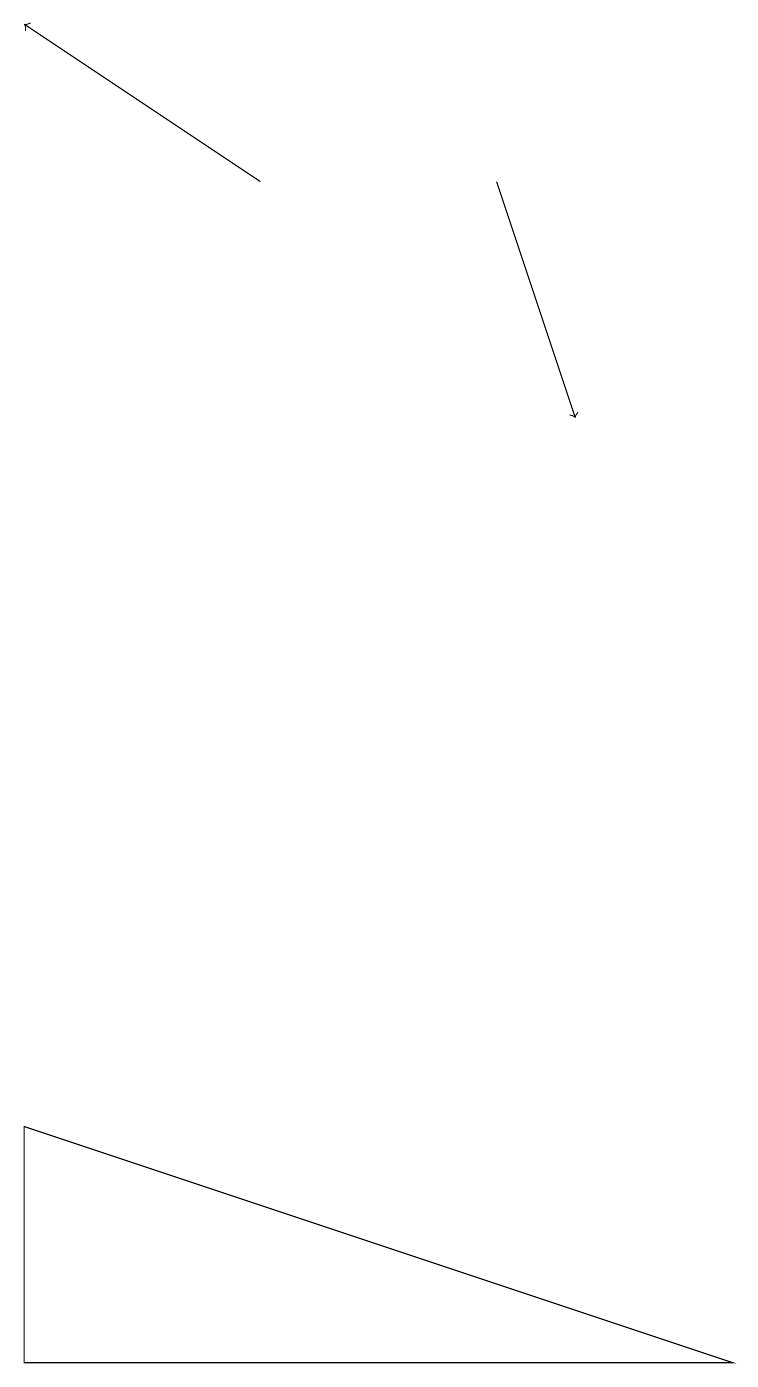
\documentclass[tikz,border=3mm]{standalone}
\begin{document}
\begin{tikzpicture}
\draw (0,2) -- (0,5) -- (9,2) -- cycle;
\draw[->] (3,17) -- (0,19);
\draw[->] (6,17) -- (7,14);
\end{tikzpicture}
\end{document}